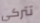
تتركي